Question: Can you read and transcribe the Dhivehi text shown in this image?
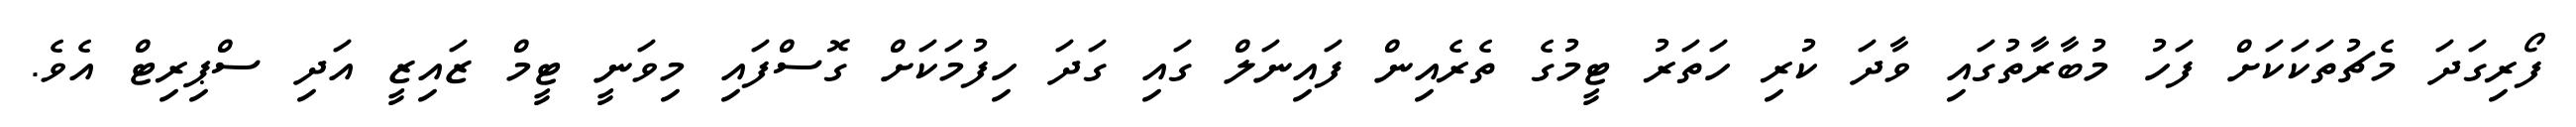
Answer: ފޯރިގަދަ މެޗުތަކަކަށް ފަހު މުބާރާތުގައި ވާދަ ކުރި ހަތަރު ޓީމުގެ ތެރެއިން ފައިނަލް ގައި ގަދަ ހިފުމަކަށް ގޮސްފައި މިވަނީ ޓީމް ޒައިޒީ އަދި ސްޕިރިޓް އެވެ.